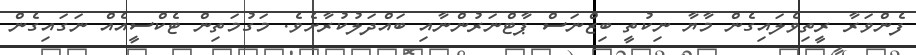
ފެންވަރާ ރީތިވެލައިގެން މާޔާ ނިކުތީ ބިޒްނަސް ޕާޓްނަރުންނާއި ބައްދަލުކުރާށެވެ. މަގުމަތިން ޓެކްސީއެއް ނަގައިގެން